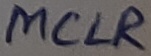
Text: MCLR